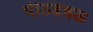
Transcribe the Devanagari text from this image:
पीठढवळ